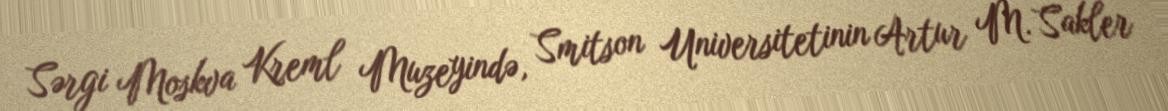
Sərgi Moskva Kreml Muzeyində, Smitson Universitetinin Artur M. Sakler